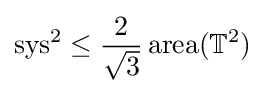
\operatorname {sys} ^{2}\leq {\frac {2}{\sqrt {3}}}\operatorname {area} (\mathbb {T} ^{2})